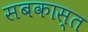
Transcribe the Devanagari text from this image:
सबकास्त